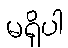
မရှိပါ